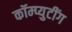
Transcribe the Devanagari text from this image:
कॉम्प्युटींग